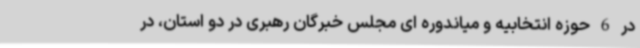
در 6 حوزه انتخابیه و میاندوره ای مجلس خبرگان رهبری در دو استان، در